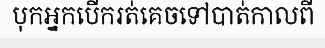
បុកអ្នកបើករត់គេចទៅបាត់កាលពី